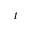
t